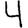
Digit: 4